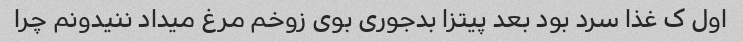
اول ک غذا سرد بود بعد پیتزا بدجوری بوی زوخم مرغ میداد ننیدونم چرا